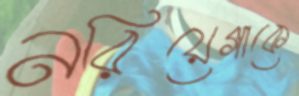
নরিয়েগাকে